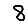
Digit: 8